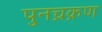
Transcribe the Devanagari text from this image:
पुनच्रक्रण